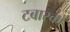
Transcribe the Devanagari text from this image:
टबास्को